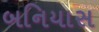
બનિયાસ